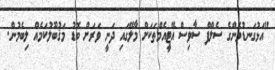
"އަޅުގަނޑުމެންގެ ސެލްފް ސާވިސް އޭޓީއެމްތަކަށް މާލޭގައި ދަނީ ވަރަށް ބޮޑު މަޤުބޫލުކަމެއް ލިބެމުން.